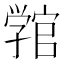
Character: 𭓚